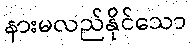
နားမလည်နိုင်သော